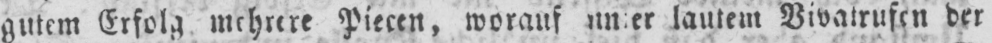
lautem Vivatrufen der